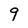
Character: 9